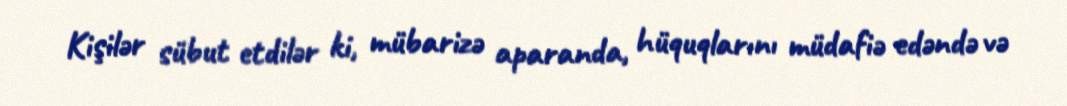
Kişilər sübut etdilər ki, mübarizə aparanda, hüquqlarını müdafiə edəndə və